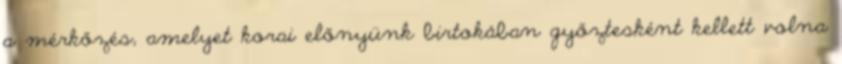
a mérkőzés, amelyet korai előnyünk birtokában győztesként kellett volna